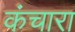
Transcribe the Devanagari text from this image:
कंचारा